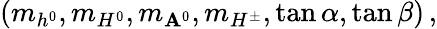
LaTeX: (m_{h^{0}},m_{H^{0}},m_{\mathbf{A}^{0}},m_{H^{\pm}},\tan\alpha,\tan\beta)\, ,